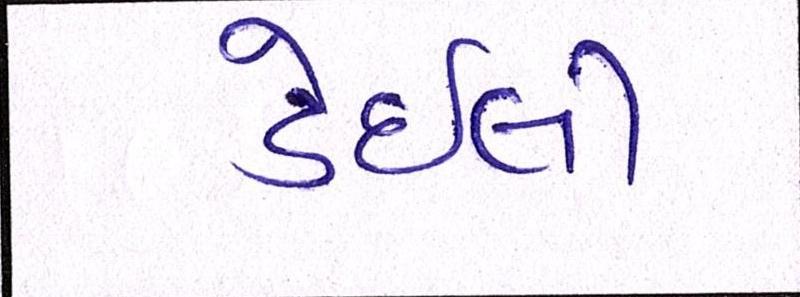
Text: ડેઇલી